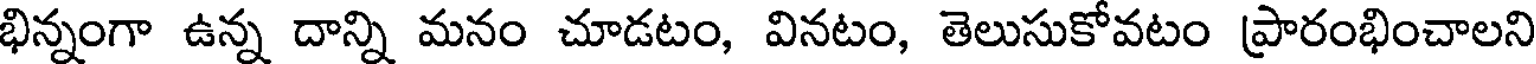
భిన్నంగా ఉన్న దాన్ని మనం చూడటం, వినటం, తెలుసుకోవటం ప్రారంభించాలని